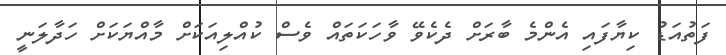
ފަތުއަޑު ކިޔާފައި އެންމެ ބާރަށް ދެކެވޭ ވާހަކަތައް ވެސް ކުއްލިއަކަށް މާއްޔަކަށް ހަދާލަނީ